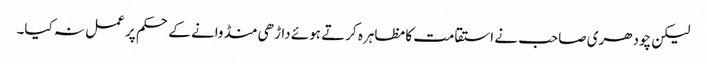
لیکن چودھری صاحب نے استقامت کا مظاہرہ کرتے ہوئے داڑھی منڈوانے کے حکم پر عمل نہ کیا۔